Civil Veterinary Dept. Assam report 1911-1927 - 1911-1927
Year: 1911
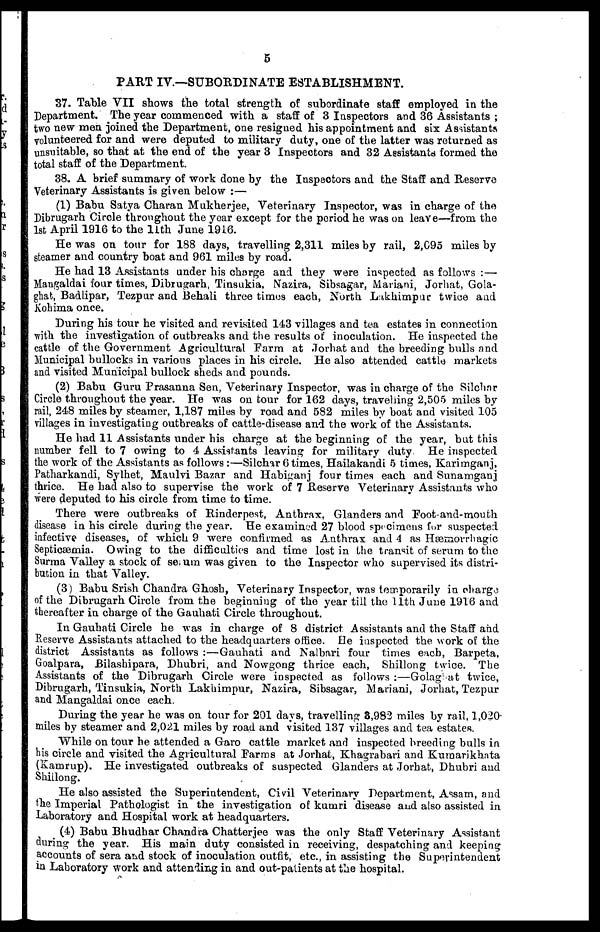
5
PART IV.—SUBORDINATE ESTABLISHMENT.
37. Table VII shows the total strength of subordinate staff employed in the
Department. The year commenced with a staff of 3 Inspectors and 36 Assistants ;
two new men joined the Department, one resigned his appointment and six Assistants
volunteered for and were deputed to military duty, one of the latter was returned as
unsuitable, so that at the end of the year 3 Inspectors and 32 Assistant formed the
total staff of the Department.
38. A brief summary of work done by the Inspectors and the Staff and Reserve
Veterinary Assistants is given below :—
(1) Babu Satya Charan Mukherjee, Veterinary Inspector, was in charge of the
Dibrugarh Circle throughout the year except for the period he was on leave—from the
1st April 1916 to the 11th June 1916.
He was on tour for 188 days, travelling 2,311 miles by rail, 2,095 miles by
steamer and country boat and 961 miles by road.
He had 13 Assistants under his charge and they were inspected as follows :—
Mangaldai four times, Dibrugarh, Tinsukia, Nazira , Sibsagar, Mariani, Jorhat, Gola-
ghafc, Badlipar, Tezpur and Behali three times each, North Lakhimpur twice and
kohima once.
During his tour he visited and revisited 143 villages and tea estates in connection
with the investigation of outbreaks and the results of inoculation. He inspected the
cattle of the Government Agricultural Farm at Jorhat and the breeding bulls and
Municipal bullocks in various places in his circle. He also attended cattle markets
and visited Municipal bullock sheds and pounds.
(2) Babu Guru Prasanna Sen, Veterinary Inspector, was in charge of the Silchar
Circle throughout the year. He was on tour for 162 days, travelling 2,505 miles by
rail, 248 miles by steamer, 1,187 miles by road and 582 miles by boat and visited 105
villages in investigating outbreaks of cattle-disease and the work of the Assistants.
He had 11 Assistants under his charge at the beginning of the year, but this
number fell to 7 owing to 4 Assistants leaving for military duty He inspected
the work of the Assistants as follows :—Silchar 6 times, Hailakandi 5 times, Karimganj,
Patharkandi, Sylhet, Maulvi Bazar and Habiganj four times each and Sunamganj
thrice. He had also to supervise the work of 7 Reserve Veterinary Assistants who
were deputed to his circle from time to time.
There were outbreaks of Rinderpest, Anthrax, Glanders and Foot-and-mouth
disease in his circle during the year. He examined 27 blood specimens for suspected
infective diseases, of which 9 were confirmed as Anthrax and 4 as Hæmorrhagic
Septicæmia. Owing to the difficulties and time lost in the transit of serum to the
Surma Valley a stock of serum was given to the Inspector who supervised its distri-
bution in that Valley.
(3) Babu Srish Chandra Ghosh, Veterinary Inspector, was temporarily in charge
of the Dibrugarh Circle from the beginning of the year till the 11th June 1916 and
thereafter in charge of the Gauhati Circle throughout.
In Gauhati Circle he was in charge of 8 district Assistants and the Staff and
Reserve Assistants attached to the headquarters office. He inspected the work of the
district Assistants as follows :—Gauhati and Nalbari four times each, Barpeta ,
Goalpara , Bilashipara , Dhubri , and Nowgong thrice each, Shillong twice. The
Assistants of the Dibrugarh Circle were inspected as follows :—Golag at twice,
Dibrugarh , Tinsukia , North Lakhimpur , Nazira , Sibsagar , Mariani, Jorhat, Tezpur
and Mangaldai once each.
During the year he was on tour for 201 days, travelling 8,983 miles by rail, 1,020
miles by steamer and 2,021 miles by road and visited 137 villages and tea estates.
"While on tour be attended a Garo cattle market and inspected breeding bulls in
his circle and visited the Agricultural Farms at Jorhat, Khagrabari and Kumarikhata
(Kamrup). He investigated outbreaks of suspected Glanders at Jorhat , Dhubri and
Shillong.
He also assisted the Superintendent, Civil Veterinary Department, Assam, and
the Imperial Pathologist in the investigation of kumri disease and also assisted in
laboratory and Hospital work at headquarters.
(4) Babu Bhudhar Chandra Chatterjee was the only Staff Veterinary Assistant
during the year. His main duty consisted in receiving, despatching and keeping
accounts of sera and stock of inoculation outfit, etc., in assisting the Superintendent
in Laboratory work and attending in and out-patients at the hospital.